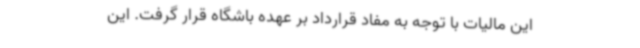
این مالیات با توجه به مفاد قرارداد بر عهده باشگاه قرار گرفت. این